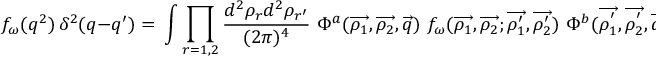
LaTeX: f _ { \omega } ( q ^ { 2 } ) \, \delta ^ { 2 } ( q - q ^ { \prime } ) = \, \int \prod _ { r = 1 , 2 } \frac { d ^ { 2 } \rho _ { r } d ^ { 2 } \rho _ { r ^ { \prime } } } { ( 2 \pi ) ^ { 4 } } \, \, \Phi ^ { a } ( \overrightarrow { \rho _ { 1 } } , \overrightarrow { \rho _ { 2 } } , \overrightarrow { q } ) \, \, f _ { \omega } ( \overrightarrow { \rho _ { 1 } } , \overrightarrow { \rho _ { 2 } } ; \overrightarrow { \rho _ { 1 } ^ { \prime } } , \overrightarrow { \rho _ { 2 } ^ { \prime } } ) \, \, \Phi ^ { b } ( \overrightarrow { \rho _ { 1 } ^ { ^ { \prime } } } , \overrightarrow { \rho _ { 2 } ^ { ^ { \prime } } } , \overrightarrow { q ^ { \prime } } ) \, .